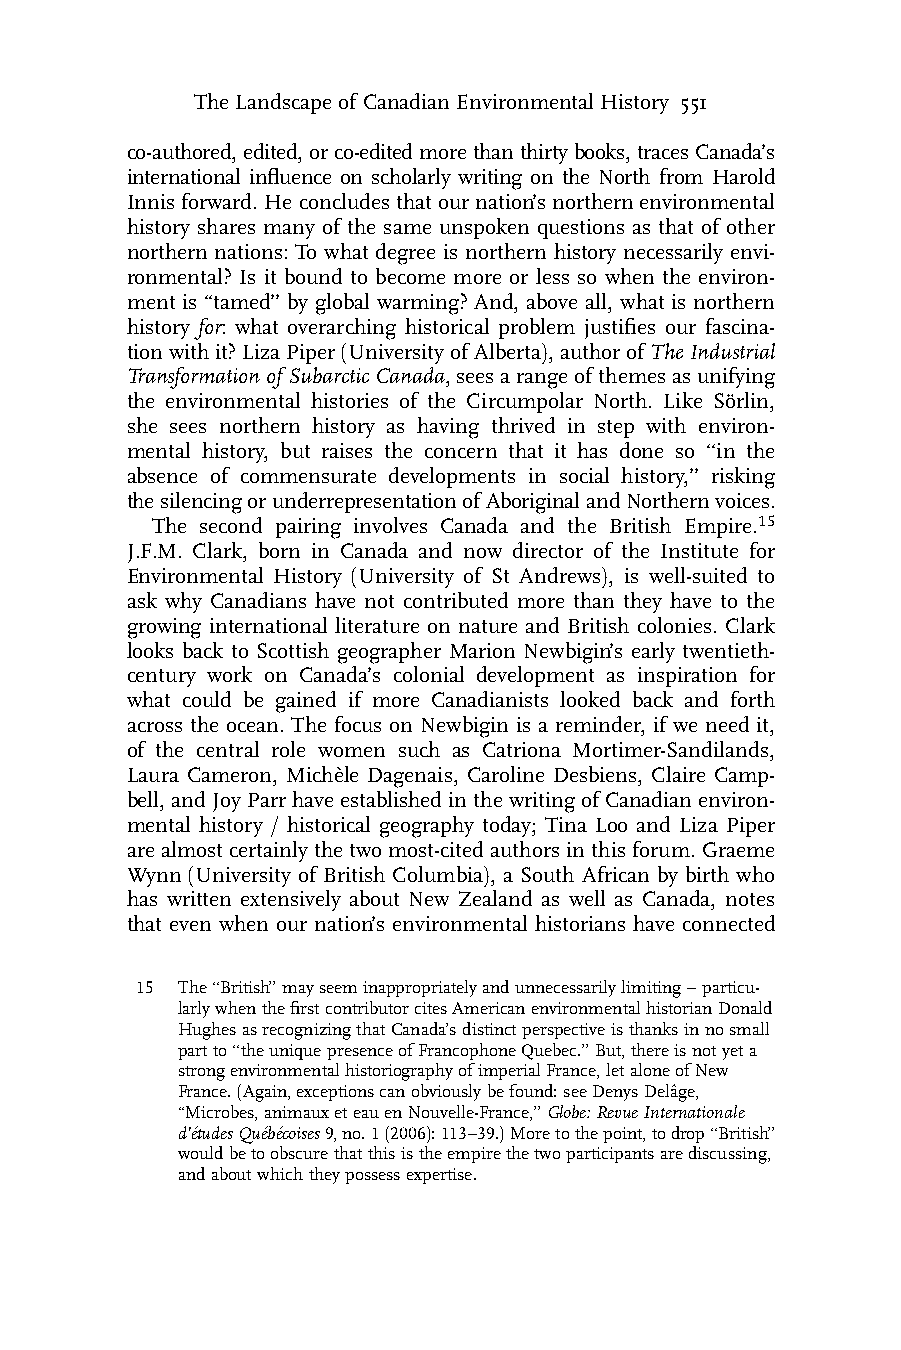
The Landscape of Canadian Environmental History 551
 co-authored,edited,orco-editedmorethanthirtybooks,tracesCanada’s
 international influence on scholarly writing on the North from Harold
 Innisforward.Heconcludes thatournation’s northernenvironmental
 history shares many of the same unspoken questions as that of other
 northern nations: To what degree is northern history necessarily envi-
 ronmental? Is it bound to become more or less so when the environ-
 ment is ‘‘tamed’’ by global warming? And, above all, what is northern
 history for: what overarching historical problem justifies our fascina-
 tionwithit?LizaPiper(UniversityofAlberta),authorofTheIndustrial
 TransformationofSubarcticCanada,seesarangeofthemesasunifying
 the environmental histories of the Circumpolar North. Like So¨rlin,
 she sees northern history as having thrived in step with environ-
 mental history, but raises the concern that it has done so ‘‘in the
 absence of commensurate developments in social history,’’ risking
 thesilencingorunderrepresentationofAboriginalandNorthernvoices.
 The second pairing involves Canada and the British Empire.15
 J.F.M. Clark, born in Canada and now director of the Institute for
 Environmental History (University of St Andrews), is well-suited to
 ask why Canadians have not contributed more than they have to the
 growing international literature on nature and British colonies. Clark
 looks back to Scottish geographer Marion Newbigin’s early twentieth-
 century work on Canada’s colonial development as inspiration for
 what could be gained if more Canadianists looked back and forth
 across the ocean. The focus on Newbigin is a reminder, if we need it,
 of the central role women such as Catriona Mortimer-Sandilands,
 Laura Cameron, Miche`le Dagenais, Caroline Desbiens, Claire Camp-
 bell,andJoyParrhaveestablishedinthewritingofCanadianenviron-
 mental history / historical geography today; Tina Loo and Liza Piper
 arealmost certainly the twomost-cited authors inthis forum. Graeme
 Wynn (University of British Columbia), a South African by birth who
 has written extensively about New Zealand as well as Canada, notes
 that even when our nation’s environmental historians have connected
 15 The‘‘British’’mayseeminappropriatelyandunnecessarilylimiting–particu-
 larlywhenthefirstcontributorcitesAmericanenvironmentalhistorianDonald
 HughesasrecognizingthatCanada’sdistinctperspectiveisthanksinnosmall
 partto‘‘theuniquepresenceofFrancophoneQuebec.’’But,thereisnotyeta
 strongenvironmentalhistoriographyofimperialFrance,letaloneofNew
 France.(Again,exceptionscanobviouslybefound:seeDenysDelaˆge,
 ‘‘Microbes,animauxeteauenNouvelle-France,’’Globe:RevueInternationale
 d’e´tudesQue´be´coises9,no.1(2006):113–39.)Moretothepoint,todrop‘‘British’’
 wouldbetoobscurethatthisistheempirethetwoparticipantsarediscussing,
 andaboutwhichtheypossessexpertise.